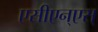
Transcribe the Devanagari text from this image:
एसीएन्एस्